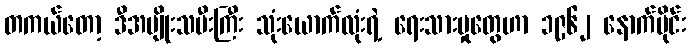
တကယ်တော့ ဒီအမျိုးသမီးကြီး သုံးယောက်လုံးရဲ့ ရေးသားမှုတွေဟာ ၁၉၆၂ နောက်ပိုင်း